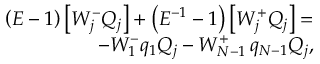
\begin{array} { r } { \left( E - 1 \right) \left[ W _ { j } ^ { - } Q _ { j } \right] + \left( E ^ { - 1 } - 1 \right) \left[ W _ { j } ^ { + } Q _ { j } \right] = } \\ { - W _ { 1 } ^ { - } q _ { 1 } Q _ { j } - W _ { N - 1 } ^ { + } \thinspace q _ { N - 1 } Q _ { j } , } \end{array}